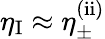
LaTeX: \eta_{\mathrm{I}}\approx\eta_{\pm}^{\mathrm{(ii)}}